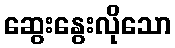
ဆွေးနွေးလိုသော